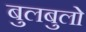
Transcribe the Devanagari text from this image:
बुलबुलो